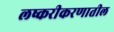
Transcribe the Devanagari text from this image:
लष्करीकरणातील